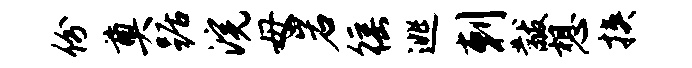
份奠踞浣母岩徭逃剌黻想挟